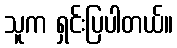
သူက ရှင်းပြပါတယ်။